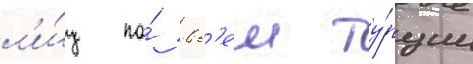
л'и́ц по́ вс'еи ту́рции